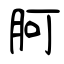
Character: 胢